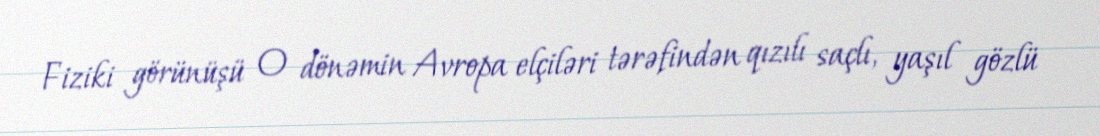
Fiziki görünüşü O dönəmin Avropa elçiləri tərəfindən qızılı saçlı, yaşıl gözlü